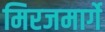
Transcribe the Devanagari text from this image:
मिरजमार्गे